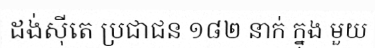
ដង់ស៊ីតេ ប្រជាជន ១៨២ នាក់ ក្នុង មួយ